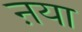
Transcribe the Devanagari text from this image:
ऩया